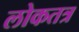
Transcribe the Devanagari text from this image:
लोकतत्र